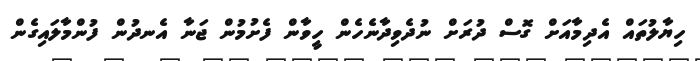
ހިޔާލުތައް އެދިމާއަށް ގޮސް ދުރަށް ނުދެވިދާނެހެން ހީވާން ފެށުމުން ޖަނާ އެނދުން ފުންމާލައިގެން